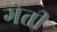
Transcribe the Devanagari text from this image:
गेती